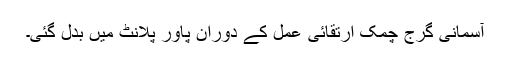
آسمانی گرج چمک ارتقائی عمل کے دوران پاور پلانٹ میں بدل گئی۔